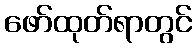
ဖော်ထုတ်ရာတွင်